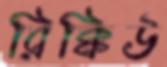
রিক্কিউ